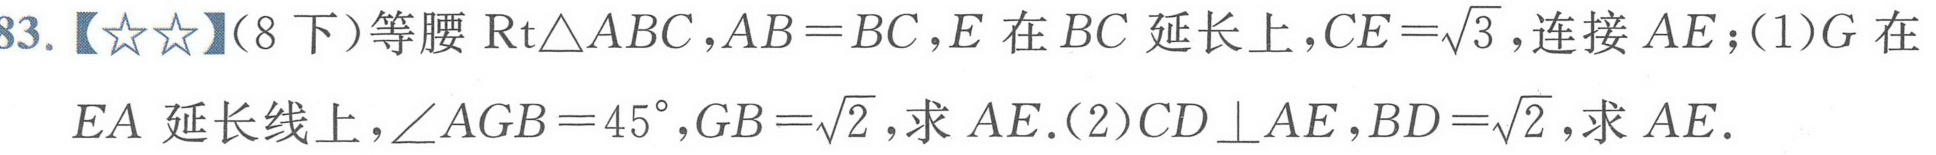
83.【★★】(8下)等腰\(\text{Rt}\triangle ABC\)，\(AB = BC\)，\(E\)在\(BC\)延长上，\(CE=\sqrt{3}\)，连接\(AE\)；(1)\(G\)在
\(EA\)延长线上，\(\angle AGB = 45^{\circ}\)，\(GB=\sqrt{2}\)，求\(AE\).(2)\(CD\perp AE\)，\(BD=\sqrt{2}\)，求\(AE\).